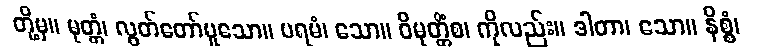
တို့မှ။ မုတ္တံ၊ လွတ်တော်မူသော။ ပရမံ၊ သော။ ဝိမုတ္တိံစ၊ ကိုလည်း။ ဒါတာ၊ သော။ နိစ္စံ၊